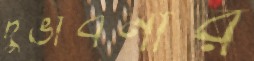
দুর্ভাবনার